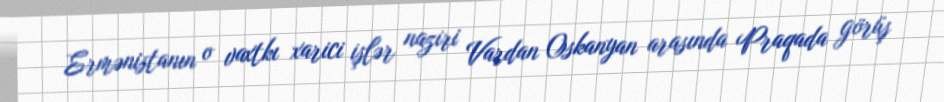
Ermənistanın o vaxtkı xarici işlər naziri Vardan Oskanyan arasında Praqada görüş